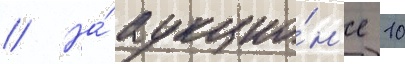
// На́ аукцио́н'е 10